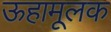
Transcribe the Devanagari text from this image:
ऊहामूलक